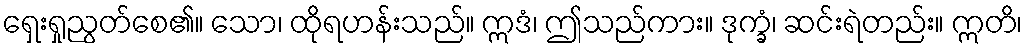
ရှေးရှုညွတ်စေ၏။ သော၊ ထိုရဟန်းသည်။ ဣဒံ၊ ဤသည်ကား။ ဒုက္ခံ၊ ဆင်းရဲတည်း။ ဣတိ၊